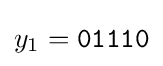
y_{1}={\texttt {01110}}